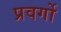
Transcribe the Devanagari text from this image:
प्रवर्गो